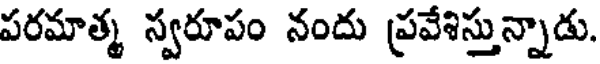
పరమాత్మ స్వరూపం నందు ప్రవేశిస్తున్నాడు.